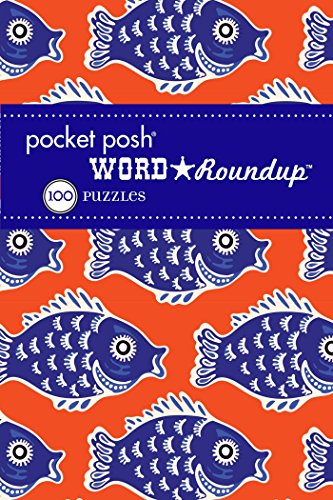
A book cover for Pocket Posh Word Roundup 10: 100 Puzzles; The Puzzle Society; Humor & Entertainment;